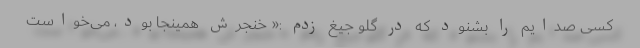
کسی صدایم را بشنود که در گلو جیغ زدم :« خنجرش همینجا بود، می‌خواست